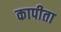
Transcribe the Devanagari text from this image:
कापीता